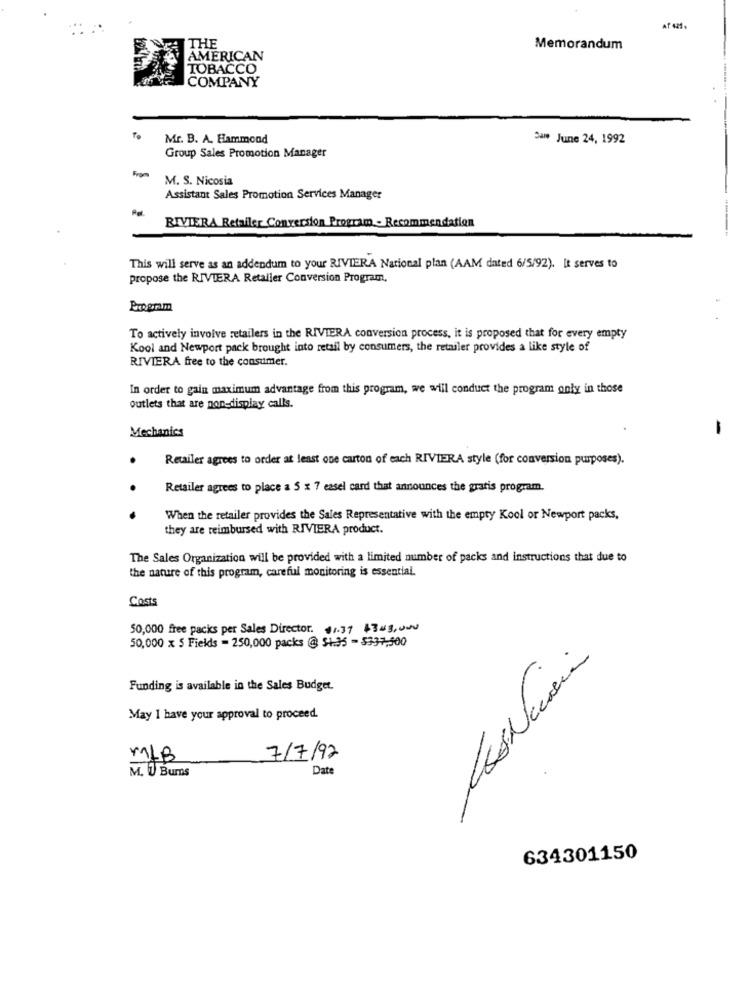
Af 421.
THE
Memorandum
AMERICAN
TOBACCO
COMPANY
Mr. B. A. Hammond
Saw June 24, 1992
Group Sales Promotion Manager
M. S. Nicosia
Assistant Sales Promotion Services Manager
RIVIERA Retailer Conversion Program - Recommendation
This will serve as an addendum to your RIVIERA National plan (AAM dated 6/5/92). It serves to
propose the RIVIERA Retaller Conversion Program,
To actively involve retailers in the RIVIERA conversion process, it is proposed that for every empty
Kool and Newport pack brought into retail by consumers, the retailer provides a like style of
RIVIERA free to the consumer.
In order to gain maximum advantage from this program, we will conduct the program only in those
outlets that are non-display calls.
-
Mechanics
Retailer agrees to order at least one carton of each RIVIERA style (for conversion purposes).
.
Retailer agrees to place a 5 x 7 easel card that announces the gratis program.
When the retailer provides the Sales Representative with the empty Kool or Newport packs,
they are reimbursed with RIVIERA product.
The Sales Organization will be provided with a limited number of packs and instructions that due to
the nature of this program, careful monitoring is essential.
Costs
50,000 free packs per Sales Director. 01.31 4343,000
50,000 x 5 Fields = 250,000 packs @ $1.35 - 5337,500
Funding is available in the Sales Budget.
May 1 have your approval to proceed.
7/7/92
Date
M. 1 Burns
634301150